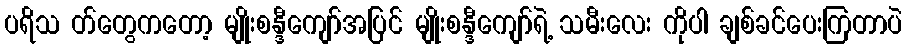
ပရိသ တ်တွေကတော့ မျိုးစန္ဒီကျော်အပြင် မျိုးစန္ဒီကျော်ရဲ့ သမီးလေး ကိုပါ ချစ်ခင်ပေးကြတာပဲ